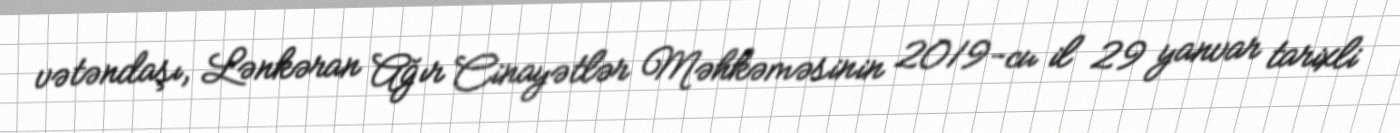
vətəndaşı, Lənkəran Ağır Cinayətlər Məhkəməsinin 2019-cu il 29 yanvar tarixli